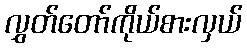
လွှတ်တော်ကိုယ်စားလှယ်